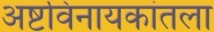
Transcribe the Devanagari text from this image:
अष्टविनायकांतला